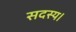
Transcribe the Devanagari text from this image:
सदस्‍य।